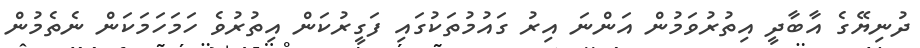
ދުނިޔޭގެ އާބާދީ އިތުރުވަމުން އަންނަ އިރު ގައުމުތަކުގައި ފަގީރުކަން އިތުރުވެ ހަމަހަމަކަން ނެތެމުން